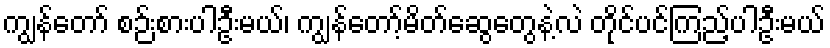
ကျွန်တော် စဉ်းစားပါဦးမယ်၊ ကျွန်တော့်မိတ်ဆွေတွေနဲ့လဲ တိုင်ပင်ကြည့်ပါဦးမယ်